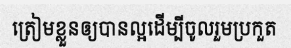
ត្រៀមខ្លួនឲ្យបានល្អដើម្បីចូលរួមប្រកួត